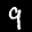
Label: 9